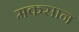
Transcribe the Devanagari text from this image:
मकसान